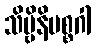
သိဗ္ဗိနိမစ္စဂါ